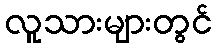
လူသားများတွင်